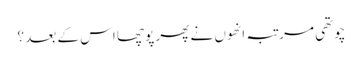
چوتھی مرتبہ انھوں نے پھر پوچھا اس کے بعد ؟